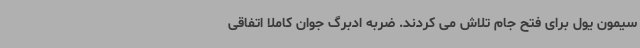
سیمون یول برای فتح جام تلاش می کردند. ضربه ادبرگ جوان کاملا اتفاقی